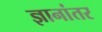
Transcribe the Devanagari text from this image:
ज्ञानांतर